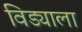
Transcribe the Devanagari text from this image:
विड्याला